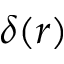
\delta ( r )